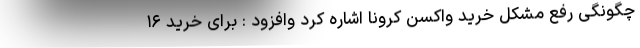
چگونگی رفع مشکل خرید واکسن کرونا اشاره کرد وافزود : برای خرید ۱۶